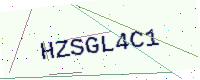
Text: HZSGL4C1